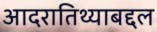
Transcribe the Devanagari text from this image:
आदरातिथ्याबद्दल